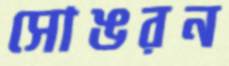
সোঙরন